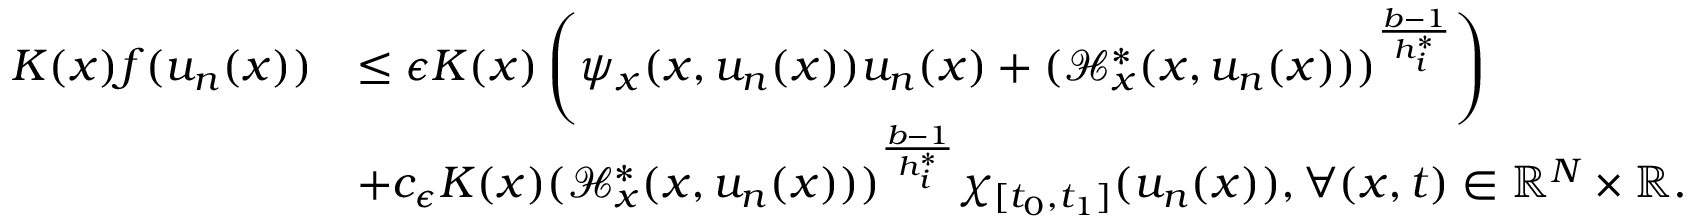
\begin{array} { r l } { K ( x ) f ( u _ { n } ( x ) ) } & { \leq \epsilon K ( x ) \left( \psi _ { x } ( x , u _ { n } ( x ) ) u _ { n } ( x ) + ( \mathcal { H } _ { x } ^ { * } ( x , u _ { n } ( x ) ) ) ^ { \frac { b - 1 } { h _ { i } ^ { * } } } \right) } \\ & { + c _ { \epsilon } K ( x ) ( \mathcal { H } _ { x } ^ { * } ( x , u _ { n } ( x ) ) ) ^ { \frac { b - 1 } { h _ { i } ^ { * } } } \chi _ { [ t _ { 0 } , t _ { 1 } ] } ( u _ { n } ( x ) ) , \forall ( x , t ) \in { \mathbb R } ^ { N } \times { \mathbb R } . } \end{array}